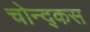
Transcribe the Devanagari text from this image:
चोन्द्कस